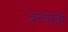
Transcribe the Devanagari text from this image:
बन्याची